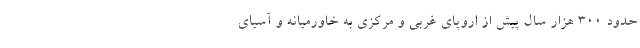
حدود ۳۰۰ هزار سال پیش از اروپای غربی و مرکزی به خاورمیانه و آسیای